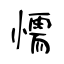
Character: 懦